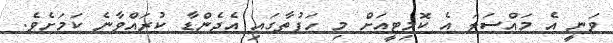
ވަނީ އެ މައްސަލަ އެ ކޮމިޓީއަށް މި ހަފުތާގައި އެޖެންޑާ ކުރައްވާނެ ކަމަށެވެ.